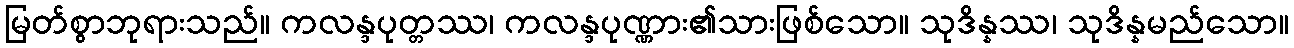
မြတ်စွာဘုရားသည်။ ကလန္ဒပုတ္တဿ၊ ကလန္ဒပုဏ္ဏား၏သားဖြစ်သော။ သုဒိန္နဿ၊ သုဒိန္နမည်သော။